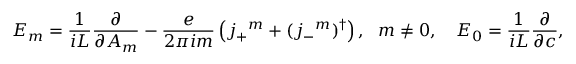
E _ { m } = \frac { 1 } { i L } \frac { \partial } { \partial A _ { m } } - \frac { e } { 2 \pi i m } \left( j _ { + } { } ^ { m } + ( j _ { - } { } ^ { m } ) ^ { \dagger } \right) , \ \ m \neq 0 , \quad E _ { 0 } = \frac { 1 } { i L } \frac { \partial } { \partial c } ,